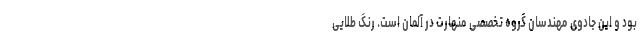
بود و این جادوی مهندسان گروه تخصصی منهارت در آلمان است. رنگ طلایی